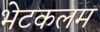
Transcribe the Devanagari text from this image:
भेटकलम